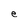
Character: e